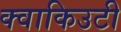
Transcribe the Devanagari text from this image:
क्वाकिउटी